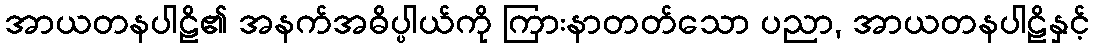
အာယတနပါဠိ၏ အနက်အဓိပ္ပါယ်ကို ကြားနာတတ်သော ပညာ, အာယတနပါဠိနှင့်